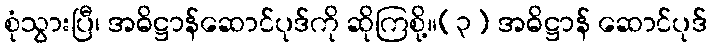
စုံသွားပြီ၊ အဓိဋ္ဌာန်ဆောင်ပုဒ်ကို ဆိုကြစို့။(၃) အဓိဋ္ဌာန် ဆောင်ပုဒ်